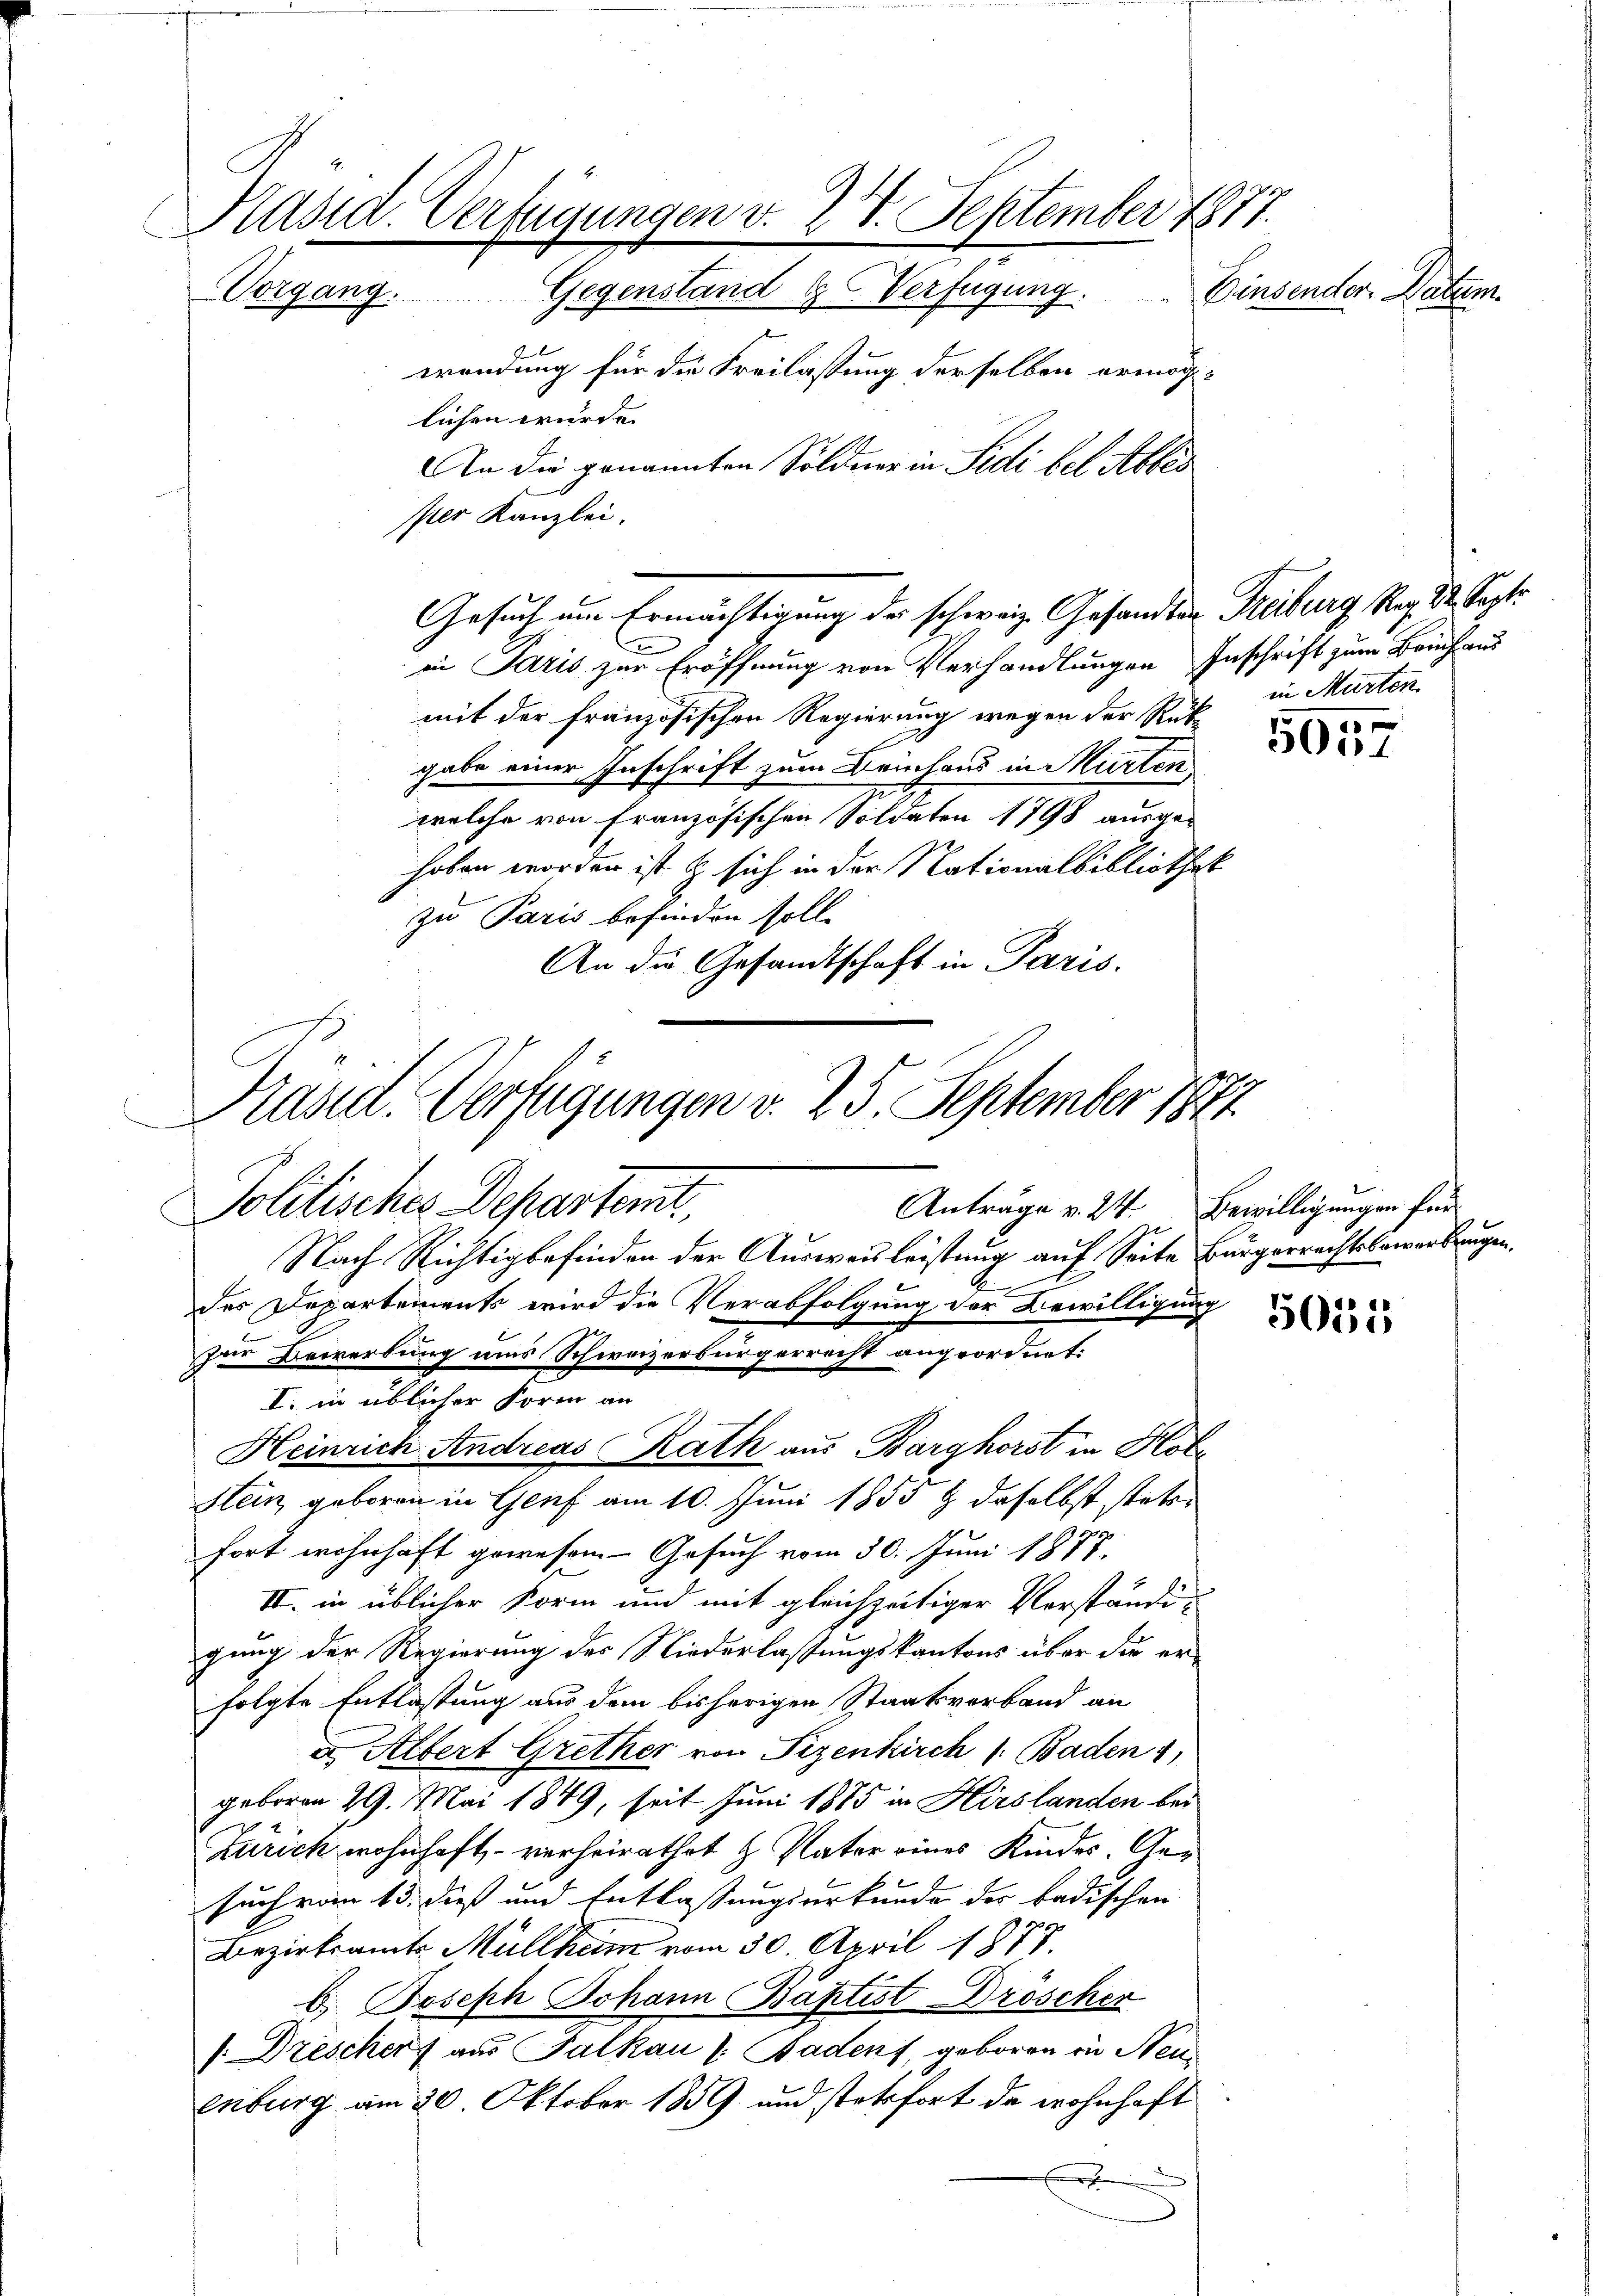
Präsid. Verfügungen v. 27. September 1877.
Vorgang. Gegenstand Verfügung. Einsender Datum.
wendung für die Freilassung derselben ermöglichen wurde.
An die genannten Söldner in Fidi bel Abbes

ster Kanzlei.
in Paris zur Eröffnung von Verhandlungen Inschrift zum Bauch aus
mit der französischen Regierung wegen der Rükgabe einer Inschrift zum Briehaus in Murten
welche von Französischen Soldaten 1798 ausgehoben worden ist & sich in der Nationalbibliothek
zu Paris befinden soll.
An die Gesandtschaft in Paris.

Präsid. Verfügungen v. 25. September 1874.
Politisches Departemt,
Anträge v. 24. Bewilligungen für
Nach Richtigbefinden der Ausweisleistung auf Seite Bürgerrechtsbewerbungen.
b
des Departements wird die Verabfolgung der Bewilligung
zur Bewerbung aus Schweizerbürgerrecht angeordnet:
I. in üblicher Form an

Gesuch um Ermächtigung der schweiz. Gesandten Freiburg Reg. 22. Septe

in Murten

Heinrich Andreas Rath aus Barghörst in Klote
Stein geboren in Genf am 10. Juni 1855 & daselbst stets
fort wohnhaft gewesen Gesuch vom 30. Juni 1877.
II. in üblicher Form und mit gleichzeitiger Vorständigung der Regierung des Niederlassungskantons über die er-
folgte Entlastung aus dem bisherigen Staatsverband an
a Albert Grether von Pizenkirch /: Baden 1,
geboren 29. Mai 1849, seit Juni 1875 in Hirslanden bei
Zürich wohnhaft, – verheirathet & Nator eines Kindes. Gesuch vom 15. dieß und Entlassungsurkunde der badischen
Bezirksamts Müllheim vom 30. April 1877.
b. Joseph Johann Baptist Dröscher
 Drescher aus Falkau v. Badens, geboren in Neuenburg am 30. Oktober 1859 und stetsfort de wohnhaft
x

5
5057

5035